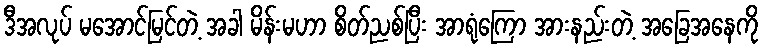
ဒီအလုပ် မအောင်မြင်တဲ့ အခါ မိန်းမဟာ စိတ်ညစ်ပြီး အာရုံကြော အားနည်းတဲ့ အခြေအနေကို